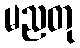
မညတု